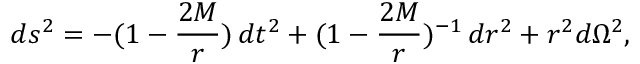
d s ^ { 2 } = - ( 1 - { \frac { 2 M } { r } } ) \, d t ^ { 2 } + ( 1 - { \frac { 2 M } { r } } ) ^ { - 1 } \, d r ^ { 2 } + r ^ { 2 } d \Omega ^ { 2 } ,